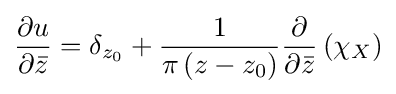
{\frac {\partial u}{\partial {\bar {z}}}}=\delta _{z_{0}}+{\frac {1}{\pi \left(z-z_{0}\right)}}{\frac {\partial }{\partial {\bar {z}}}}\left(\chi _{X}\right)